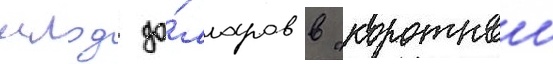
млрд до́лларов в "короткои